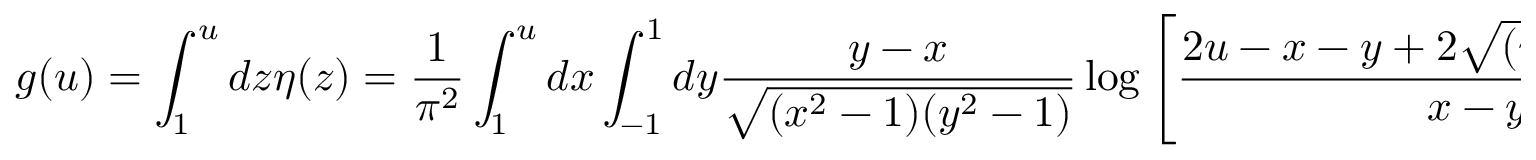
g ( u ) = \int _ { 1 } ^ { u } d z \eta ( z ) = { \frac { 1 } { \pi ^ { 2 } } } \int _ { 1 } ^ { u } d x \int _ { - 1 } ^ { 1 } d y { \frac { y - x } { \sqrt { ( x ^ { 2 } - 1 ) ( y ^ { 2 } - 1 ) } } } \log \left[ { \frac { 2 u - x - y + 2 \sqrt { ( u - x ) ( u - y ) } } { x - y } } \right] .